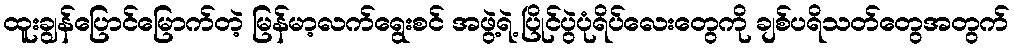
ထူးချွန်ပြောင်မြောက်တဲ့ မြန်မာ့လက်ရွေးစင် အဖွဲ့ရဲ့ ပြိုင်ပွဲပုံရိပ်လေးတွေကို ချစ်ပရိသတ်တွေအတွက်